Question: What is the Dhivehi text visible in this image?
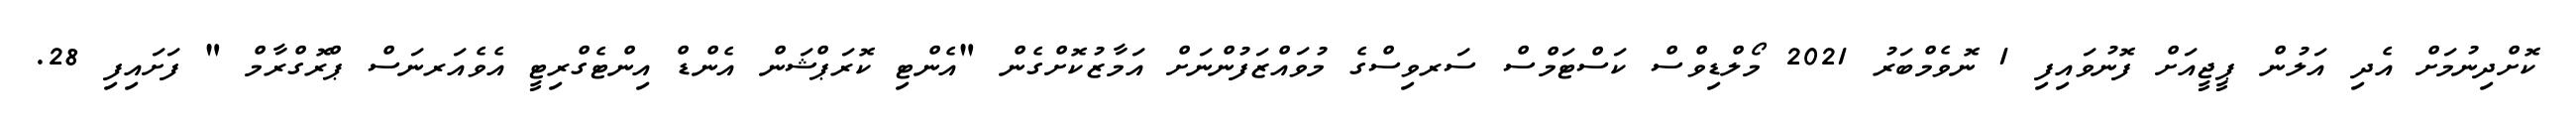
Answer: ކޮށްދިނުމަށް އެދި އަލުން ޕީޖީއަށް ފޮނުވައިފި 1 ނޮވެމްބަރު 2021 މޯލްޑިވްސް ކަސްޓަމްސް ސަރވިސްގެ މުވައްޒަފުންނަށް އަމާޒުކޮށްގެން "އެންޓި ކޮރަޕްޝަން އެންޑް އިންޓެގްރިޓީ އެވެއަރނަސް ޕްރޮގްރާމް " ފަށައިފި 28.